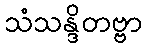
သံသန္ဒိတဗ္ဗာ